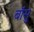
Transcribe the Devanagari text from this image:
बॉसु